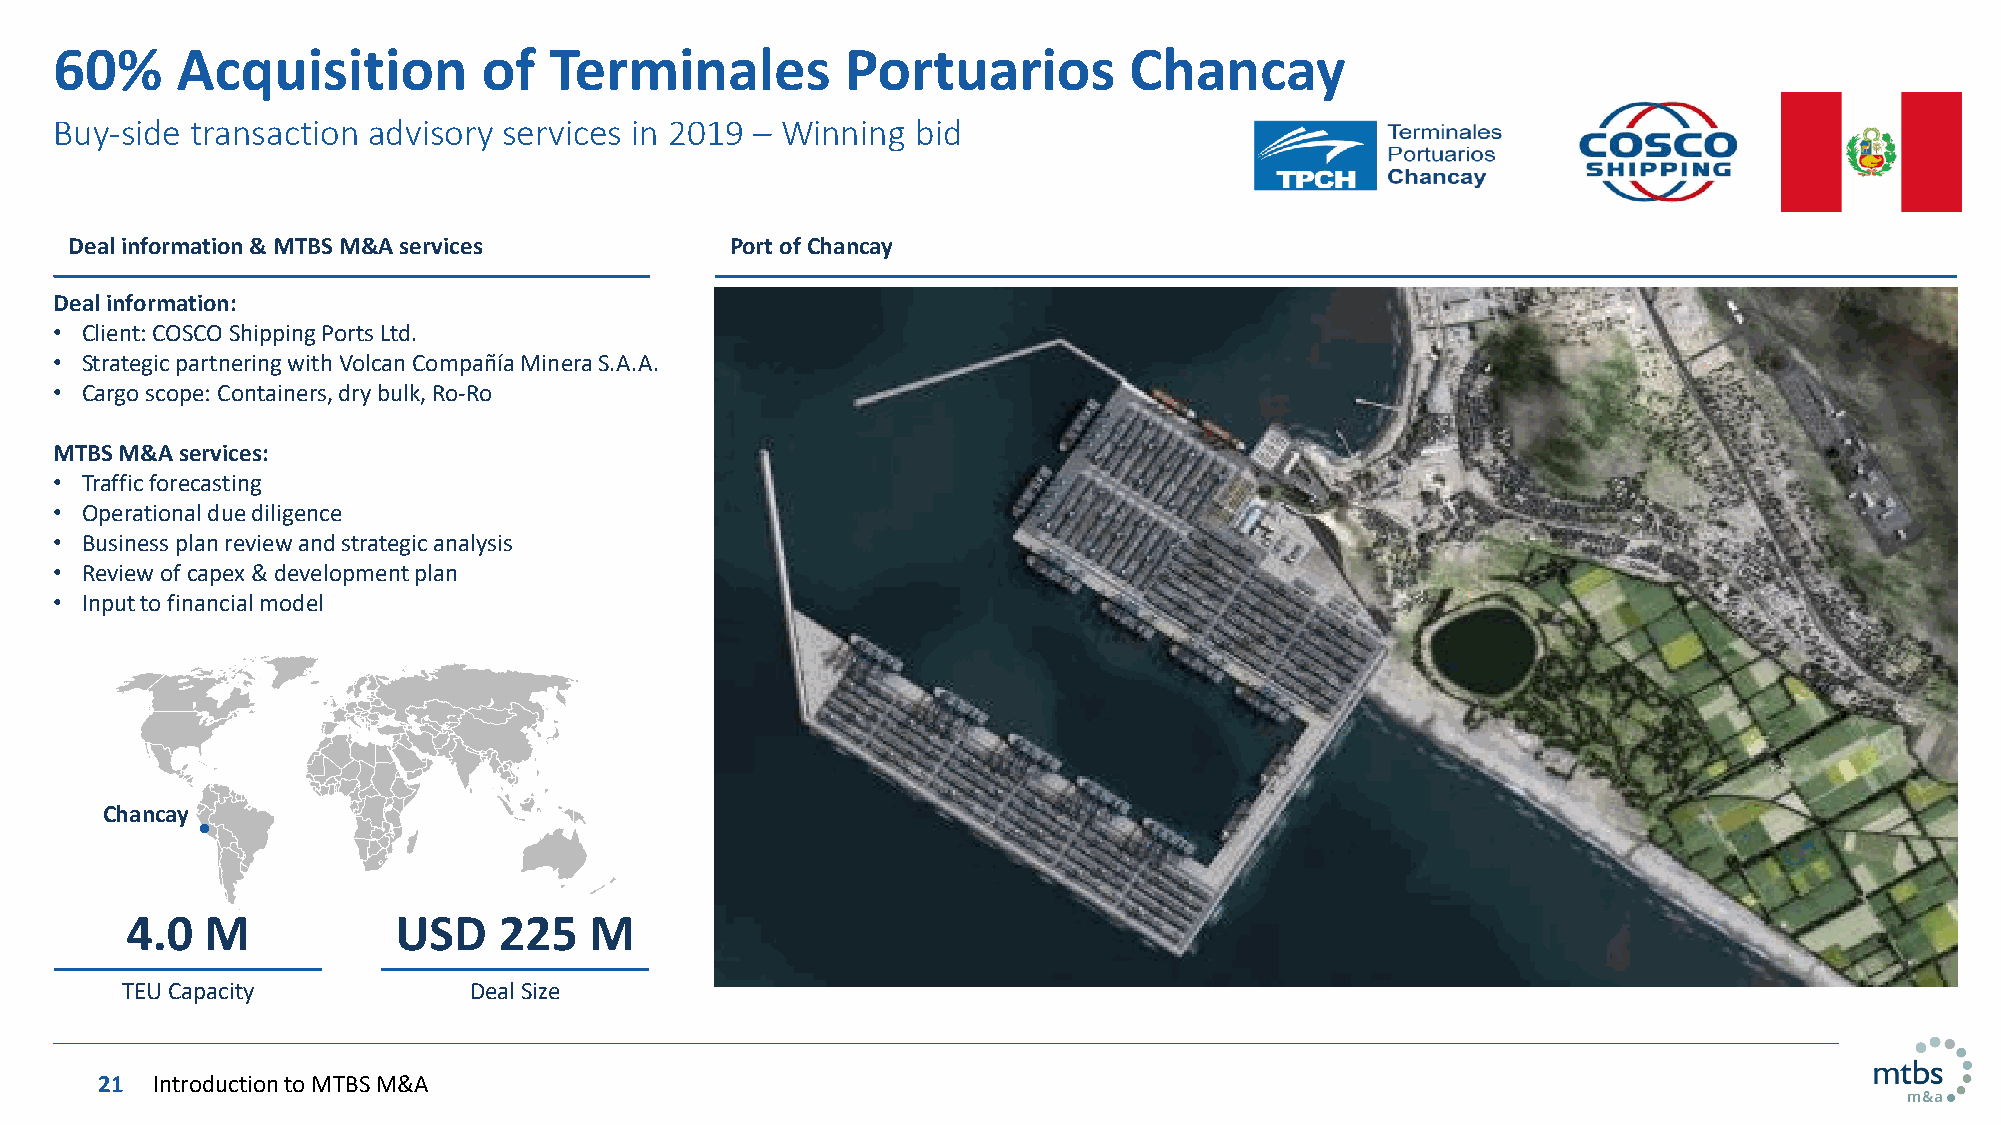
60%     Acquisition         of  Terminales          Portuarios         Chancay
 Buy-side transaction advisory services in 2019 – Winning bid
 Deal information & MTBS M&A services       Port of Chancay
 Deal information:
 • Client: COSCO Shipping Ports Ltd.
 • Strategic partnering with Volcan CompañíaMinera S.A.A.
 • Cargo scope: Containers, dry bulk, Ro-Ro
 MTBS M&A services:
 • Traffic forecasting
 • Operational due diligence
 • Business plan review and strategic analysis
 • Review of capex & development plan
 • Input to financial model
 Chancay
 4.0   M           USD    225   M
 TEU Capacity           Deal Size
 21 Introduction to MTBS M&A